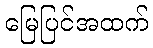
မြေပြင်အထက်